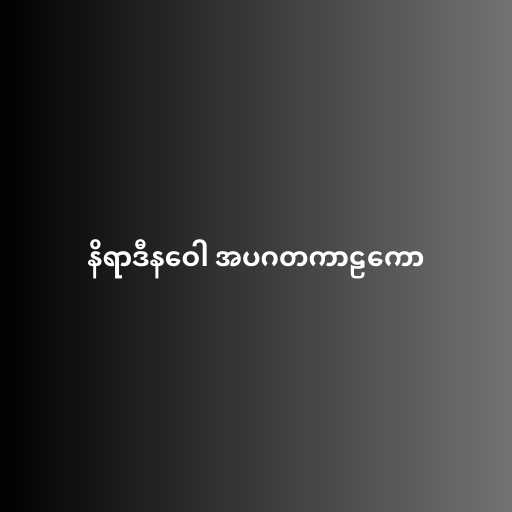
နိရာဒီနဝေါ အပဂတကာဠကော